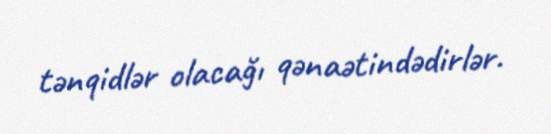
tənqidlər olacağı qənaətindədirlər.